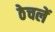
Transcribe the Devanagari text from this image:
ठेचलें